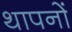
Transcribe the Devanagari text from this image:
थापनों